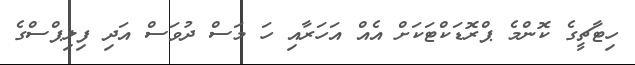
ހިޓާޗީގެ ކޮންމެ ޕްރޮޑަކްޓަކަށް އެއް އަހަރާއި ހަ މަސް ދުވަސް އަދި ފިލިޕްސްގެ